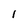
Character: 1